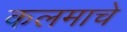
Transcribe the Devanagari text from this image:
कलमाचे